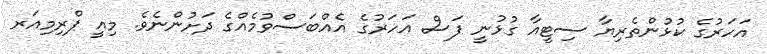
އަހަރުގެ ކުޅުންތެރިޔާ ސިޓީއާ ގުޅުނީ ފަސް އަހަރުގެ އެއްބަސްވުމެއްގެ ދަށުންނެވެ. މިއީ ޕްރިމިއަރ